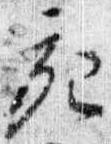
亥